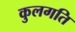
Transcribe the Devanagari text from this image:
कुलगति